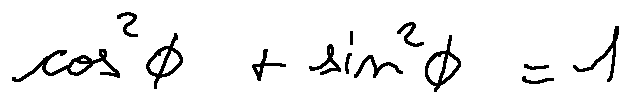
\cos ^ { 2 } \phi + \sin ^ { 2 } \phi = 1